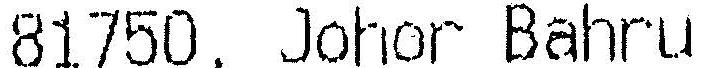
81750, JOHOR BAHRU